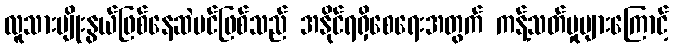
လူသားမျိုးနွယ်ဖြစ်နေဆဲပင်ဖြစ်သည် အနိုင်ရရှိစေရေးအတွက် ကန့်သတ်မှုများကြောင့်